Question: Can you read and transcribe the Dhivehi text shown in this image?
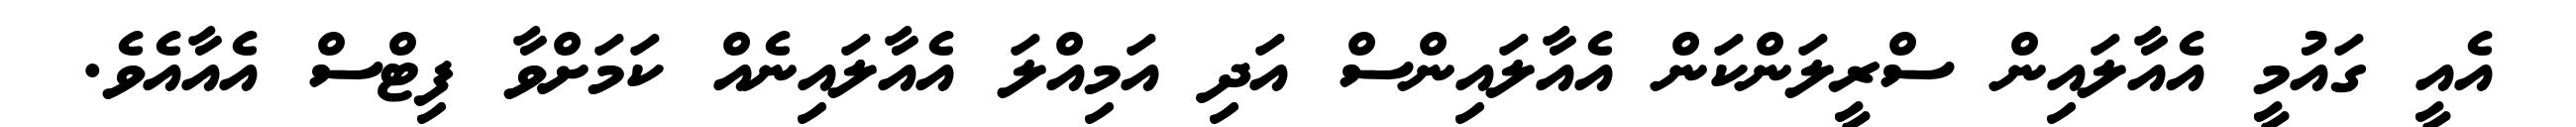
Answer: އެއީ ގައުމީ އެއާލައިން ސްރީލަންކަން އެއާލައިންސް އަދި އަމިއްލަ އެއާލައިނެއް ކަމަށްވާ ފިޓްސް އެއާއެވެ.